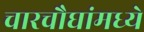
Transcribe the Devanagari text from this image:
चारचौघांमध्ये